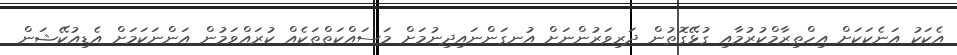
އެކަކު އަނެކަކަށް އިހްތިރާމްކުރުމާއި ގުޅޭގޮތުން ދަރިވަރުންނަށް އުނގަންނައިދިނުމަށް މަސައްކަތްތަކެއް ކުރައްވަމުން އަންނަކަމަށް އެޑިއުކޭޝަން